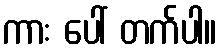
ကား ပေါ် တက်ပါ။